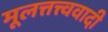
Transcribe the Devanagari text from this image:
मूलत्तत्त्ववादी